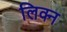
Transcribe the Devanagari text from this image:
लिक्न